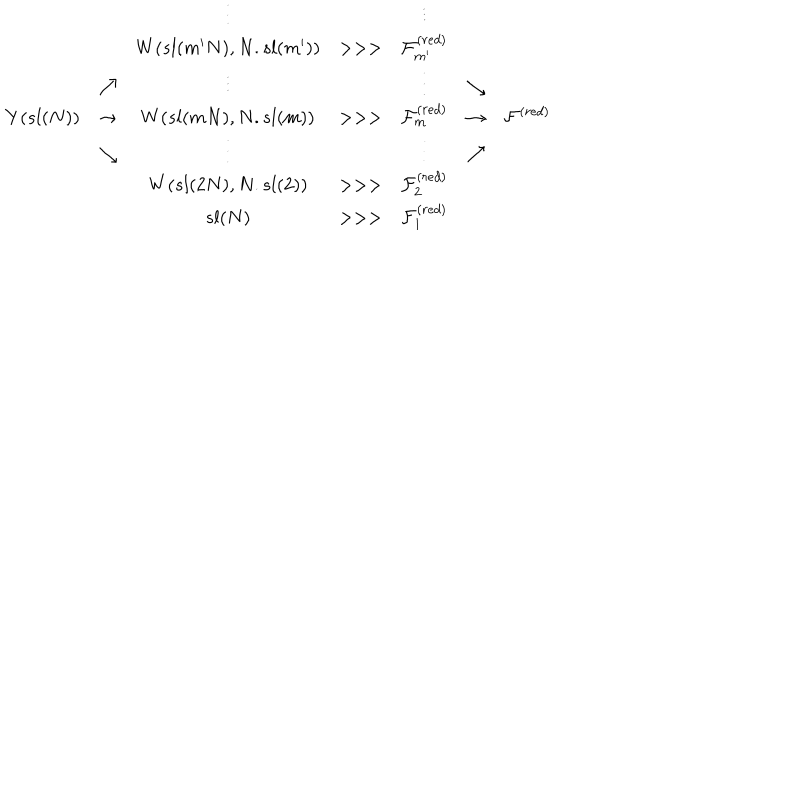
LaTeX: \begin{array} { c c c c c c c } { { } } & { { } } & { { \vdots } } & { { } } & { { \vdots } } & { { } } & { { } } \\ { { } } & { { } } & { { W ( s l ( m ^ { \prime } N ) , N . s l ( m ^ { \prime } ) ) } } & { { > > > } } & { { { \cal F } _ { m ^ { \prime } } ^ { ( r e d ) } } } & { { } } & { { } } \\ { { } } & { { \nearrow } } & { { \vdots } } & { { } } & { { \vdots } } & { { \searrow } } & { { } } \\ { { Y ( s l ( N ) ) } } & { { \rightarrow } } & { { W ( s l ( m N ) , N . s l ( m ) ) } } & { { > > > } } & { { { \cal F } _ { m } ^ { ( r e d ) } } } & { { \rightarrow } } & { { { \cal F } ^ { ( r e d ) } } } \\ { { } } & { { \searrow } } & { { \vdots } } & { { } } & { { \vdots } } & { { \nearrow } } & { { } } \\ { { } } & { { } } & { { W ( s l ( 2 N ) , N . s l ( 2 ) ) } } & { { > > > } } & { { { \cal F } _ { 2 } ^ { ( r e d ) } } } & { { } } & { { } } \\ { { } } & { { } } & { { s l ( N ) } } & { { > > > } } & { { { \cal F } _ { 1 } ^ { ( r e d ) } } } & { { } } & { { } } \\ \end{array}